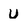
Character: U